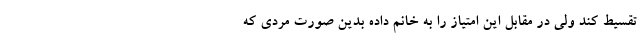
تقسیط کند ولی در مقابل این امتیاز را به خانم داده بدین صورت مردی که